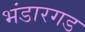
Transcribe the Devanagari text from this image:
भंडारगड